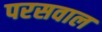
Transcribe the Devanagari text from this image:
परसवाल